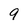
Character: 9